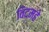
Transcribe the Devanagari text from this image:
विद्‌महे